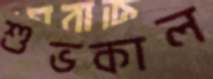
শুভকাল